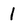
Character: l